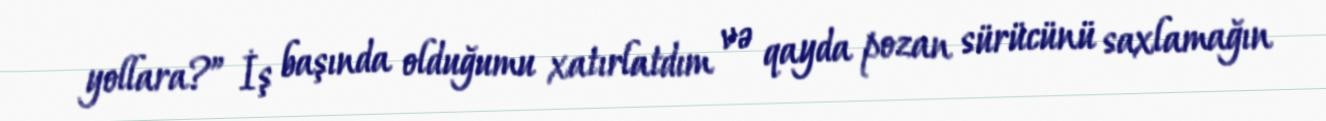
yollara?” İş başında olduğumu xatırlatdım və qayda pozan sürücünü saxlamağın